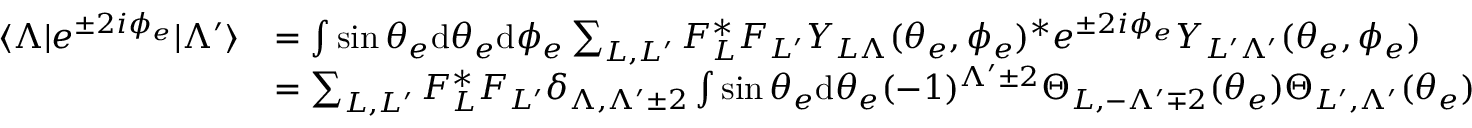
\begin{array} { r l } { \langle \Lambda | e ^ { \pm 2 i \phi _ { e } } | \Lambda ^ { \prime } \rangle } & { = \int \sin { \theta _ { e } } \mathrm { d } \theta _ { e } \mathrm { d } \phi _ { e } \sum _ { L , L ^ { \prime } } F _ { L } ^ { * } F _ { L ^ { \prime } } Y _ { L \Lambda } ( \theta _ { e } , \phi _ { e } ) ^ { * } e ^ { \pm 2 i \phi _ { e } } Y _ { L ^ { \prime } \Lambda ^ { \prime } } ( \theta _ { e } , \phi _ { e } ) } \\ & { = \sum _ { L , L ^ { \prime } } F _ { L } ^ { * } F _ { L ^ { \prime } } \delta _ { \Lambda , \Lambda ^ { \prime } \pm 2 } \int \sin { \theta _ { e } } \mathrm { d } \theta _ { e } ( - 1 ) ^ { \Lambda ^ { \prime } \pm 2 } \Theta _ { L , - \Lambda ^ { \prime } \mp 2 } ( \theta _ { e } ) \Theta _ { L ^ { \prime } , \Lambda ^ { \prime } } ( \theta _ { e } ) } \end{array}